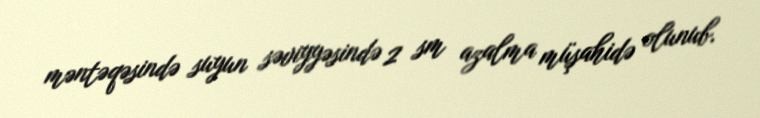
məntəqəsində suyun səviyyəsində 2 sm azalma müşahidə olunub.